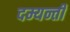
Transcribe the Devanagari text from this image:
दम्यन्ती